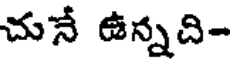
చునే ఉన్నది-